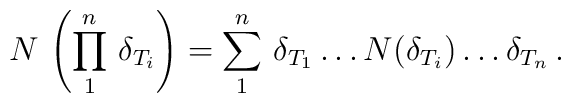
N \, \left( \prod_1^n \, \delta_{T_i} \right) = \sum_1^n \, \delta_{T_1} \ldots N (\delta_{T_i}) \ldots \delta_{T_n} \, .